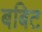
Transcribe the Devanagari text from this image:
बबिट